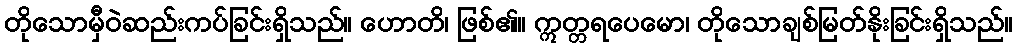
တိုသောမှီဝဲဆည်းကပ်ခြင်းရှိသည်။ ဟောတိ၊ ဖြစ်၏။ ဣတ္တရပေမော၊ တိုသောချစ်မြတ်နိုးခြင်းရှိသည်။